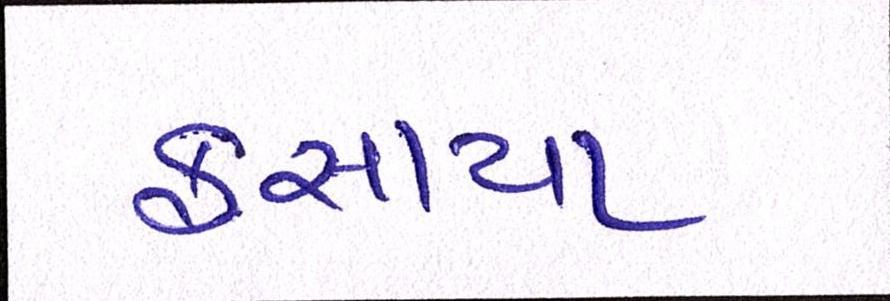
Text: ફસાયા